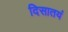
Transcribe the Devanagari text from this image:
दिसातयं